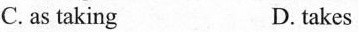
C. as taking D. takes